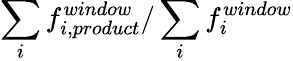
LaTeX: \sum_{i}{f_{i,product}^{window}}/\sum_{i}{f_{i}^{window}}